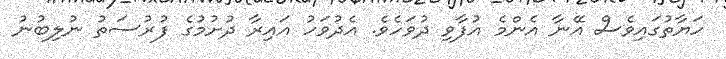
ހަޔާތުގައިވެސް އޭނާ އެންމެ އުފާވި ދުވަހެވެ. އެދުވަހު އައިރާ ދުށުމުގެ ފުރުސަތު ނުލިބުނު